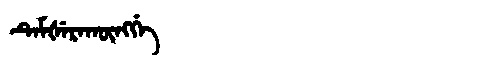
Manchu: ᡨᡝᠮᡧᡝᡵᠠᡴᡡᠩᡤᡝ
Romanization: TEMŠERAKŪNGGE